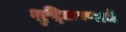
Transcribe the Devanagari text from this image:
शुद्दिकरणाचे